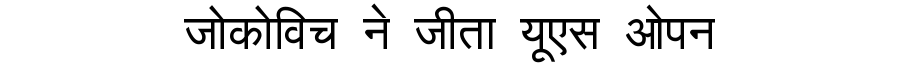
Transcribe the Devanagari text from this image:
जोकोविच ने जीता यूएस ओपन